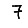
Digit: 7